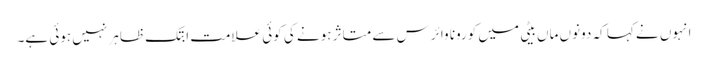
انہوں نے کہا کہ دونوں ماں بیٹی میں کورونا وائرس سے متاثر ہونے کی کوئی علامت ابتک ظاہر نہیں ہوئی ہے۔